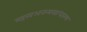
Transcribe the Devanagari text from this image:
महत्त्वअनन्यसाधारण